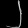
Digit: ၂